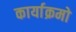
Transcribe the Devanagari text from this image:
कार्याक्रमो